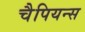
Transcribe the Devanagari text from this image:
चैपियन्स